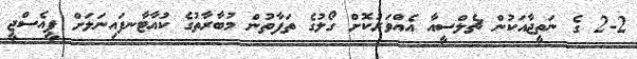
2-2 ގެ ނަތީޖާއަކުން ޗެލްސީއާ އެއްވަރުކޮށް ގޯލުގެ ތަފާތުން މުބާރާތުގެ ކުއާޓާނފައިނަލަށް ޕީއެސްޖީ